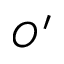
O ^ { \prime }